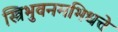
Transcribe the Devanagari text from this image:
स्त्रिभुवनमभिधत्ते